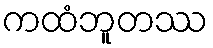
ကထံဘူတဿ